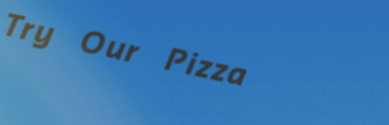
Try Our Pizza